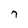
Character: 7